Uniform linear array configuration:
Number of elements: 16
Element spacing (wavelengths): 1
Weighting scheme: hann
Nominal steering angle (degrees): -45
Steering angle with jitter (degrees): -44.236
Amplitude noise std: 0.05
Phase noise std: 0.05

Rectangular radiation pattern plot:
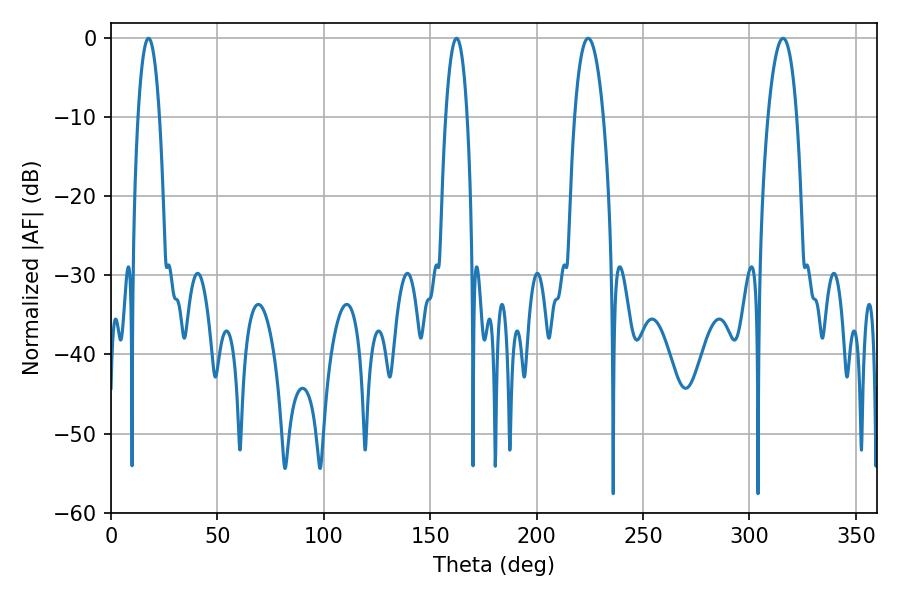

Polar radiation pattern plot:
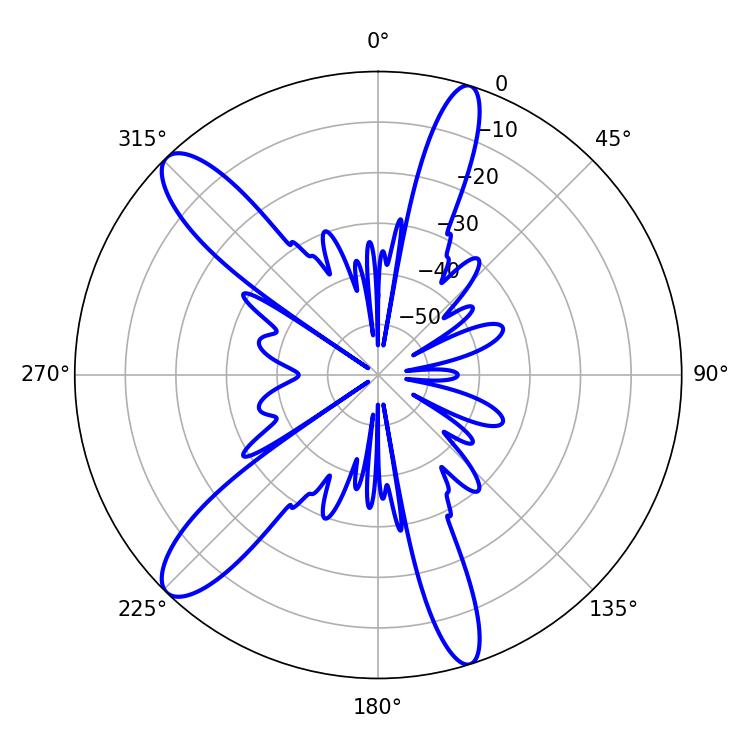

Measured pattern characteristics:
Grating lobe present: TRUE
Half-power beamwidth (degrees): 5.58
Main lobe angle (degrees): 17.64